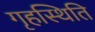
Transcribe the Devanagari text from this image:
गृहस्थिति